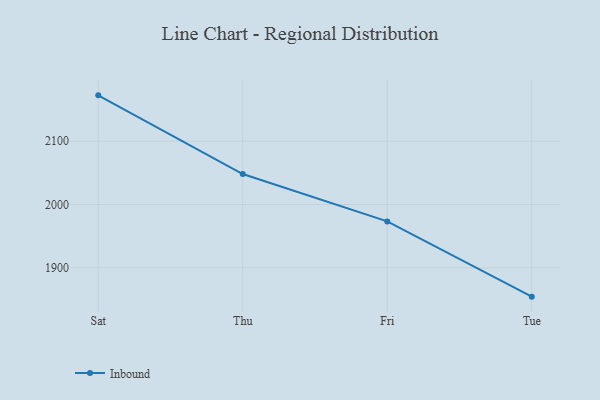
{"axis": {"x": "Day", "y": "Market Share (%)"}, "legend": ["Inbound"], "data": [{"x": "Sat", "y": 2172.4, "type": "Inbound"}, {"x": "Thu", "y": 2048.1, "type": "Inbound"}, {"x": "Fri", "y": 1973.3, "type": "Inbound"}, {"x": "Tue", "y": 1854.5, "type": "Inbound"}]}